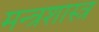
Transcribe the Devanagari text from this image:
मन्त्रशास्त्र